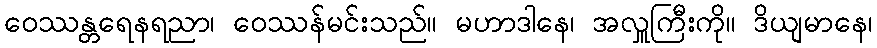
ဝေဿန္တရေနရညာ၊ ဝေဿန်မင်းသည်။ မဟာဒါနေ၊ အလှူကြီးကို။ ဒိယျမာနေ၊